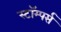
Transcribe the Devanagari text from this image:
स्टॉम्पर्स